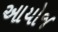
આયોજ